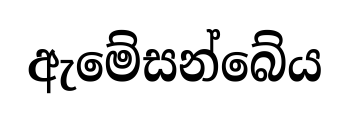
ඇමේසන්බේය